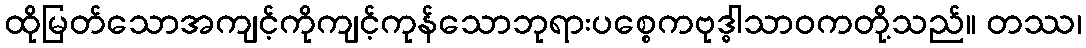
ထိုမြတ်သောအကျင့်ကိုကျင့်ကုန်သောဘုရားပစ္စေကဗုဒ္ဓါသာဝကတို့သည်။ တဿ၊